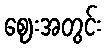
ဈေးအတွင်း